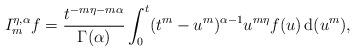
LaTeX: \begin{align*} I_m^{\eta, \alpha}f= \frac{t^{-m\eta-m\alpha}}{\Gamma(\alpha)}\int_0^t(t^m-u^m)^{\alpha-1}u^{m\eta}f(u)\, \mathrm{d}(u^m), \end{align*}